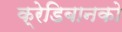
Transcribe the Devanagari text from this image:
क्रेडिबानको